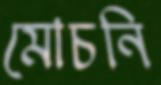
মোচনি